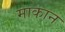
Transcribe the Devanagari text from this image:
माकान